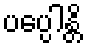
ပပ္ပေါန္တိ